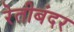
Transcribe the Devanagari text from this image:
रेतीबंदर